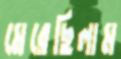
মেরেছিলাম